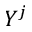
Y ^ { j }